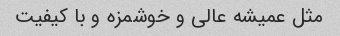
مثل عمیشه عالی و خوشمزه و با کیفیت